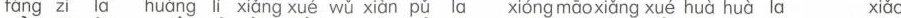
fáng zi la huáng lí xiǎng xué wǔ xiàn pǔl α xióng māoxiǎng xué huà huà la xiǎo